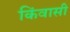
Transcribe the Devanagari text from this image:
किंवासी